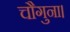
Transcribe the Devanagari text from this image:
चौगुना।